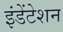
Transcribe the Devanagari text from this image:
इंडेंटेशन